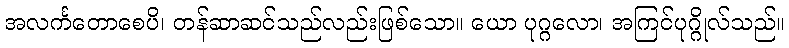
အလင်္ကတောစေပိ၊ တန်ဆာဆင်သည်လည်းဖြစ်သော။ ယော ပုဂ္ဂလော၊ အကြင်ပုဂ္ဂိုလ်သည်။